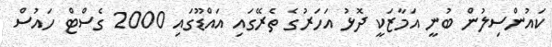
ކައުންސިލުން ބުނީ އަމާޒަކީ ދޮޅު އަހަރުގެ ތެރޭގައި އައްޑޫގައި 2000 ގެސްޓް ހައުސް